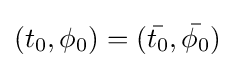
(t_{0},\phi _{0})=({\bar {t_{0}}},{\bar {\phi _{0}}})